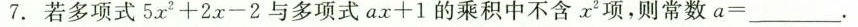
7.若多项式$$5 x ^ { 2 } + 2 x - 2$$与多项式$$a x + 1$$的乘积中不含x^{2}项，则常数$$a = ___$$。